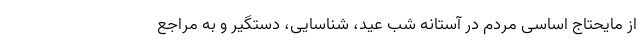
از مایحتاج اساسی مردم در آستانه شب عید، شناسایی، دستگیر و به مراجع